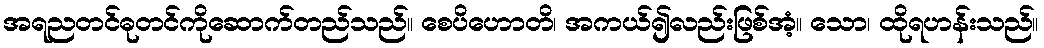
အရညတင်ဓုတင်ကိုဆောက်တည်သည်။ စေပိဟောတိ၊ အကယ်၍လည်းဖြစ်အံ့။ သော၊ ထိုရဟန်းသည်။